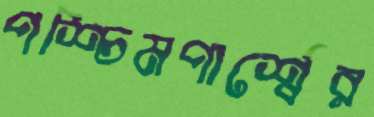
পশ্চিমপার্শ্বের